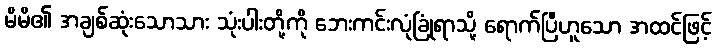
မိမိ၏ အချစ်ဆုံးသောသား သုံးပါးတို့ကို ဘေးကင်းလုံခြုံရာသို့ ရောက်ပြီဟူသော အထင်ဖြင့်